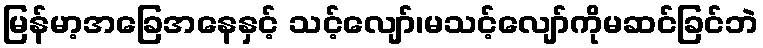
မြန်မာ့အခြေအနေနှင့် သင့်လျော်၊မသင့်လျော်ကိုမဆင်ခြင်ဘဲ